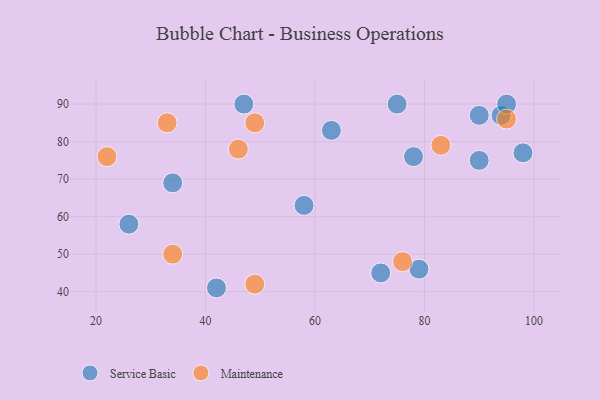
{"axis": {"x": "GDP", "y": "Life Expectancy"}, "legend": ["Maintenance", "Service Basic"], "data": [{"x": "78", "y": 76, "type": "Service Basic"}, {"x": "90", "y": 87, "type": "Service Basic"}, {"x": "34", "y": 69, "type": "Service Basic"}, {"x": "58", "y": 63, "type": "Service Basic"}, {"x": "72", "y": 45, "type": "Service Basic"}, {"x": "26", "y": 58, "type": "Service Basic"}, {"x": "47", "y": 90, "type": "Service Basic"}, {"x": "63", "y": 83, "type": "Service Basic"}, {"x": "79", "y": 46, "type": "Service Basic"}, {"x": "94", "y": 87, "type": "Service Basic"}, {"x": "98", "y": 77, "type": "Service Basic"}, {"x": "95", "y": 90, "type": "Service Basic"}, {"x": "42", "y": 41, "type": "Service Basic"}, {"x": "75", "y": 90, "type": "Service Basic"}, {"x": "90", "y": 75, "type": "Service Basic"}, {"x": "49", "y": 85, "type": "Maintenance"}, {"x": "46", "y": 78, "type": "Maintenance"}, {"x": "22", "y": 76, "type": "Maintenance"}, {"x": "83", "y": 79, "type": "Maintenance"}, {"x": "95", "y": 86, "type": "Maintenance"}, {"x": "76", "y": 48, "type": "Maintenance"}, {"x": "49", "y": 42, "type": "Maintenance"}, {"x": "33", "y": 85, "type": "Maintenance"}, {"x": "34", "y": 50, "type": "Maintenance"}]}